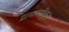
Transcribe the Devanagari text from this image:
प्रामाणीकृत